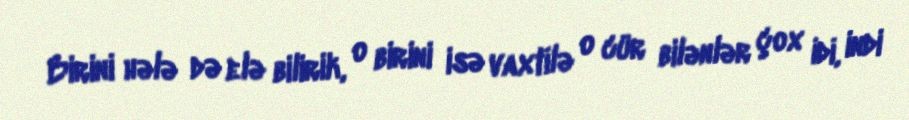
Birini hələ də elə bilirik, o birini isə vaxtilə o cür bilənlər çox idi, indi